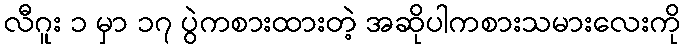
လီဂူး ၁ မှာ ၁၇ ပွဲကစားထားတဲ့ အဆိုပါကစားသမားလေးကို